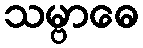
သမ္ဗာဓေ